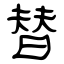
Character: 替